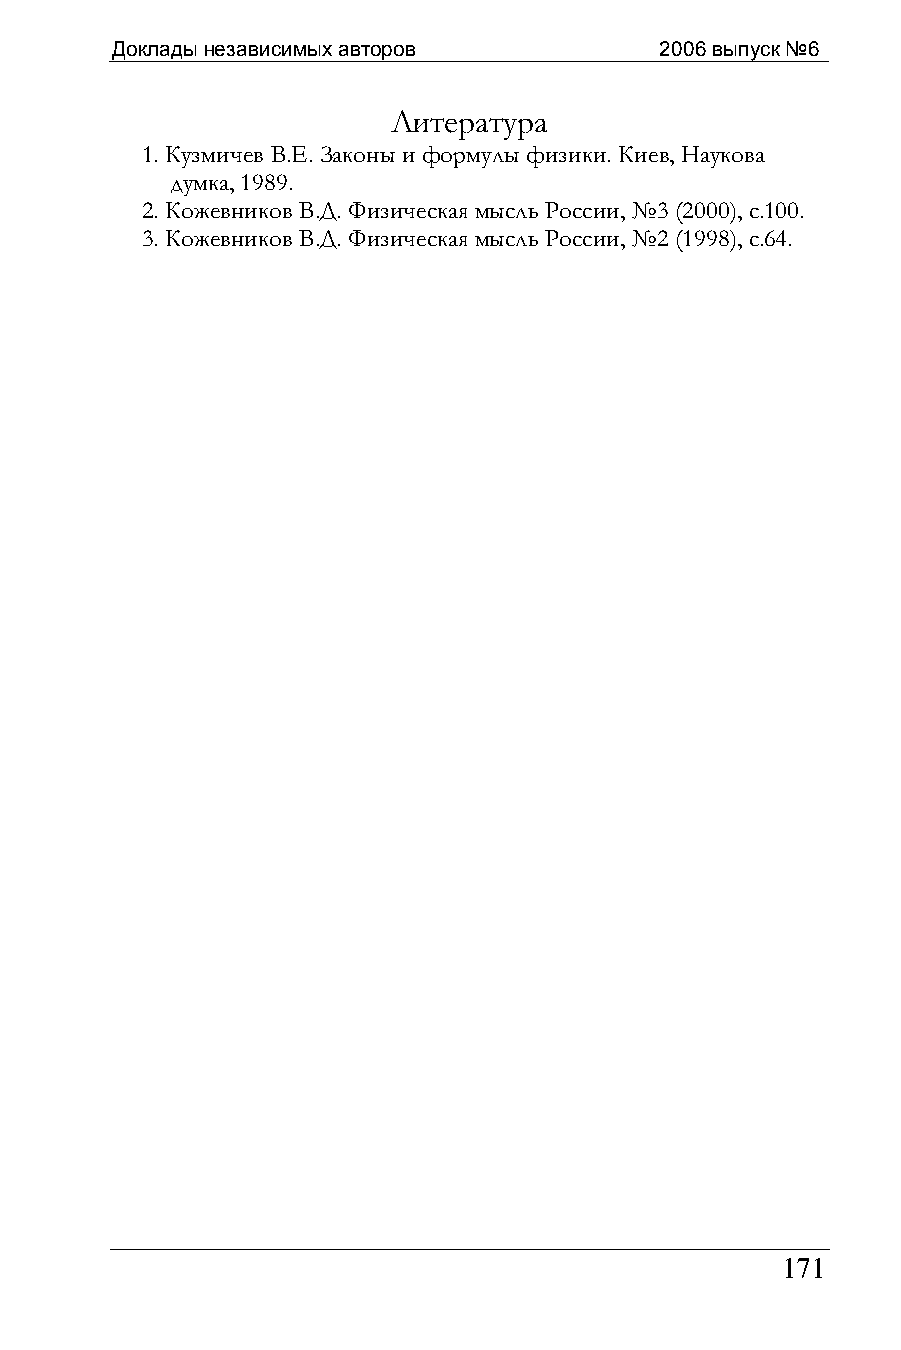
Доклады независимых авторов          2006 выпуск №6
 Литература
 1. Кузмичев В.Е. Законы и формулы физики. Киев, Наукова
 думка, 1989.
 2. Кожевников В.Д. Физическая мысль России, №3 (2000), с.100.
 3. Кожевников В.Д. Физическая мысль России, №2 (1998), с.64.
 171